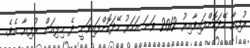
ރުފިޔާ ހޭދަކޮށްފައިވާއިރު 2012 ވަނަ އަހަރު ހޭދަކޮށްފައިވަނީ ދެ މިލިއަން ރުފިޔާ އެވެ.